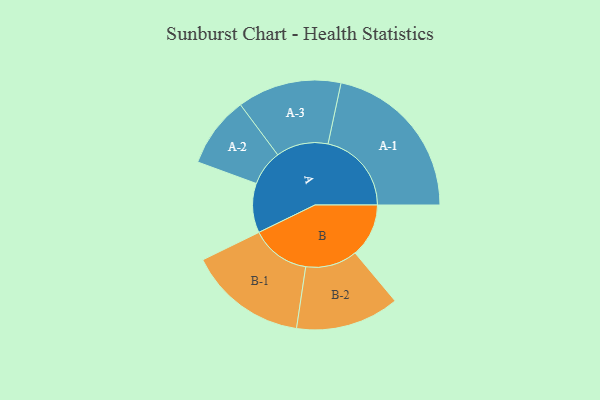
{"axis": {"x": "Segment", "y": "Value"}, "legend": ["", "A", "B"], "data": [{"x": "A", "y": 164, "type": ""}, {"x": "B", "y": 178, "type": ""}, {"x": "A-1", "y": 277, "type": "A"}, {"x": "A-2", "y": 118, "type": "A"}, {"x": "A-3", "y": 173, "type": "A"}, {"x": "B-1", "y": 197, "type": "B"}, {"x": "B-2", "y": 172, "type": "B"}]}